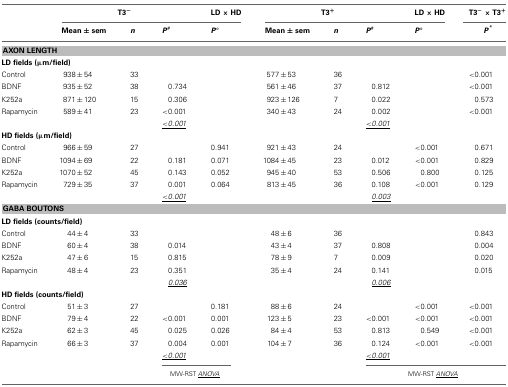
<table><thead><tr><td></td><td colspan="3"><b>T3<sup>−</sup></b></td><td><b>LD × HD</b></td><td colspan="3"><b>T3<sup>+</sup></b></td><td><b>LD × HD</b></td><td><b>T3<sup>−</sup> × T3<sup>+</sup></b></td></tr><tr><td></td><td><b>Mean ± sem</b></td><td><b><i>n</i></b></td><td><b><i>P</i><sup>#</sup></b></td><td><b><i>P</i>°</b></td><td><b>Mean ± sem</b></td><td><b><i>n</i></b></td><td><b><i>P</i><sup>#</sup></b></td><td><b><i>P</i>°</b></td><td><b><i>P</i><sup>*</sup></b></td></tr></thead><tbody><tr><td colspan="10"><b>AXON LENGTH</b></td></tr><tr><td colspan="10"><b>LD fields (μm/field)</b></td></tr><tr><td>Control</td><td>938 ± 54</td><td>33</td><td></td><td></td><td>577 ± 53</td><td>36</td><td></td><td></td><td>&lt;0.001</td></tr><tr><td>BDNF</td><td>935 ± 52</td><td>38</td><td>0.734</td><td></td><td>561 ± 46</td><td>37</td><td>0.812</td><td></td><td>&lt;0.001</td></tr><tr><td>K252a</td><td>871 ± 120</td><td>15</td><td>0.306</td><td></td><td>923 ± 126</td><td>7</td><td>0.022</td><td></td><td>0.573</td></tr><tr><td>Rapamycin</td><td>589 ± 41</td><td>23</td><td>&lt;0.001</td><td></td><td>340 ± 43</td><td>24</td><td>0.002</td><td></td><td>&lt;0.001</td></tr><tr><td></td><td></td><td></td><td><underline>&lt;<i>0.001</i></underline></td><td></td><td></td><td></td><td><underline>&lt;<i>0.001</i></underline></td><td></td><td></td></tr><tr><td colspan="10"><b>HD fields (μm/field)</b></td></tr><tr><td>Control</td><td>966 ± 59</td><td>27</td><td></td><td>0.941</td><td>921 ± 43</td><td>24</td><td></td><td>&lt;0.001</td><td>0.671</td></tr><tr><td>BDNF</td><td>1094 ± 69</td><td>22</td><td>0.181</td><td>0.071</td><td>1084 ± 45</td><td>23</td><td>0.012</td><td>&lt;0.001</td><td>0.829</td></tr><tr><td>K252a</td><td>1070 ± 52</td><td>45</td><td>0.143</td><td>0.052</td><td>945 ± 40</td><td>53</td><td>0.506</td><td>0.800</td><td>0.125</td></tr><tr><td>Rapamycin</td><td>729 ± 35</td><td>37</td><td>0.001</td><td>0.064</td><td>813 ± 45</td><td>36</td><td>0.108</td><td>&lt;0.001</td><td>0.129</td></tr><tr><td></td><td></td><td></td><td><underline>&lt;<i>0.001</i></underline></td><td></td><td></td><td></td><td><underline><i>0.003</i></underline></td><td></td><td></td></tr><tr><td colspan="10"><b>GABA BOUTONS</b></td></tr><tr><td colspan="10"><b>LD fields (counts/field)</b></td></tr><tr><td>Control</td><td>44 ± 4</td><td>33</td><td></td><td></td><td>48 ± 6</td><td>36</td><td></td><td></td><td>0.843</td></tr><tr><td>BDNF</td><td>60 ± 4</td><td>38</td><td>0.014</td><td></td><td>43 ± 4</td><td>37</td><td>0.808</td><td></td><td>0.004</td></tr><tr><td>K252a</td><td>47 ± 6</td><td>15</td><td>0.815</td><td></td><td>78 ± 9</td><td>7</td><td>0.009</td><td></td><td>0.020</td></tr><tr><td>Rapamycin</td><td>48 ± 4</td><td>23</td><td>0.351</td><td></td><td>35 ± 4</td><td>24</td><td>0.141</td><td></td><td>0.015</td></tr><tr><td></td><td></td><td></td><td><underline><i>0.036</i></underline></td><td></td><td></td><td></td><td><underline><i>0.006</i></underline></td><td></td><td></td></tr><tr><td colspan="10"><b>HD fields (counts/field)</b></td></tr><tr><td>Control</td><td>51 ± 3</td><td>27</td><td></td><td>0.181</td><td>88 ± 6</td><td>24</td><td></td><td>&lt;0.001</td><td>&lt;0.001</td></tr><tr><td>BDNF</td><td>79 ± 4</td><td>22</td><td>&lt;0.001</td><td>0.001</td><td>123 ± 5</td><td>23</td><td>&lt;0.001</td><td>&lt;0.001</td><td>&lt;0.001</td></tr><tr><td>K252a</td><td>62 ± 3</td><td>45</td><td>0.025</td><td>0.026</td><td>84 ± 4</td><td>53</td><td>0.813</td><td>0.549</td><td>&lt;0.001</td></tr><tr><td>Rapamycin</td><td>66 ± 3</td><td>37</td><td>0.004</td><td>0.001</td><td>104 ± 7</td><td>36</td><td>0.124</td><td>&lt;0.001</td><td>&lt;0.001</td></tr><tr><td></td><td></td><td></td><td><underline>&lt;<i>0.001</i></underline></td><td></td><td></td><td></td><td><underline>&lt;<i>0.001</i></underline></td><td></td><td></td></tr><tr><td></td><td></td><td></td><td colspan="2">MW-RST <underline><i>ANOVA</i></underline></td><td></td><td></td><td colspan="3">MW-RST <underline><i>ANOVA</i></underline></td></tr></tbody></table>